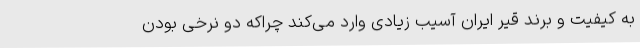
به کیفیت و برند قیر ایران آسیب زیادی وارد می‌کند چراکه دو نرخی بودن